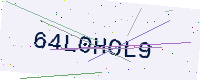
Text: 64L0HOL9